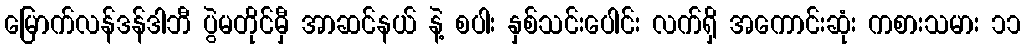
မြောက်လန်ဒန်ဒါဘီ ပွဲမတိုင်မှီ အာဆင်နယ် နဲ့ စပါး နှစ်သင်းပေါင်း လက်ရှိ အကောင်းဆုံး ကစားသမား ၁၁